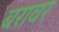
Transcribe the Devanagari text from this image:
बरावर